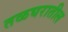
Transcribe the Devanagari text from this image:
तळघरातील